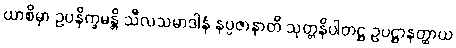
ယာစိမှာ ဥပနိက္ခမန္တိ သီလသမာဒါနံ နပ္ပဇာနာတိ သုတ္တနိပါတဋ္ဌ ဥပဋ္ဌာနတ္ထာယ